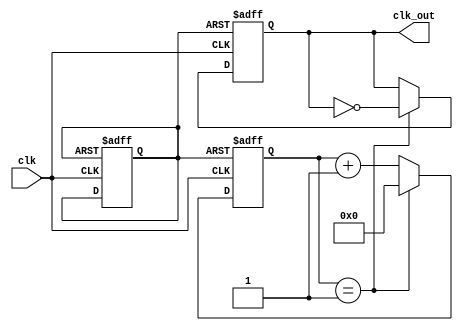
module FrequencyDivider(clk,clk_out);
input clk;
    output reg clk_out;
    reg rst;
	parameter Ts = 80;
	parameter Te = 20;
	parameter n = ((Ts/(2*Te))-1);
	 parameter bitCount = 31;
	 reg [bitCount:0] counter;
initial
rst=0;
    always @(posedge clk or negedge rst)
	begin
      if(!rst)
       begin
       rst<=1;
       counter<=32'd0;
       clk_out <= 1'b0;
       end
     else 
       if(counter==n) 
         begin
         counter<=32'd0;
         clk_out <= ~clk_out;
         end
		else
       begin
       counter<=counter+1;
       end
   end
endmodule